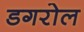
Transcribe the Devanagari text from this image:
डगरोल